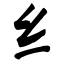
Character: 纟